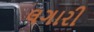
લગારી